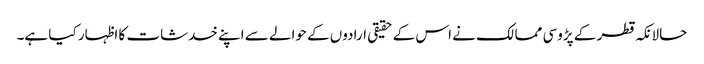
حالانکہ قطر کے پڑوسی ممالک نے اس کے حقیقی ارادوں کے حوالے سے اپنے خدشات کا اظہار کیا ہے۔